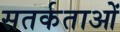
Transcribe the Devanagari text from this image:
सतर्कताओं